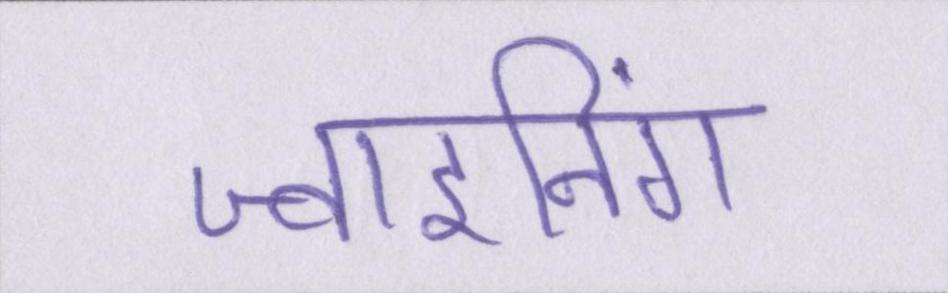
ज्वाइनिंग